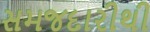
સમજદારીથી